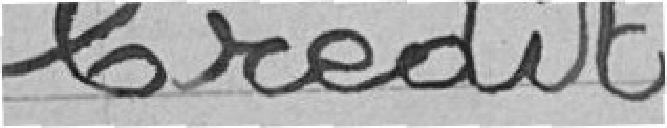
Crédit